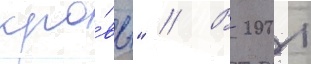
кро́вь" // В 2001